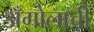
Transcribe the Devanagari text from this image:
अँगोलाची